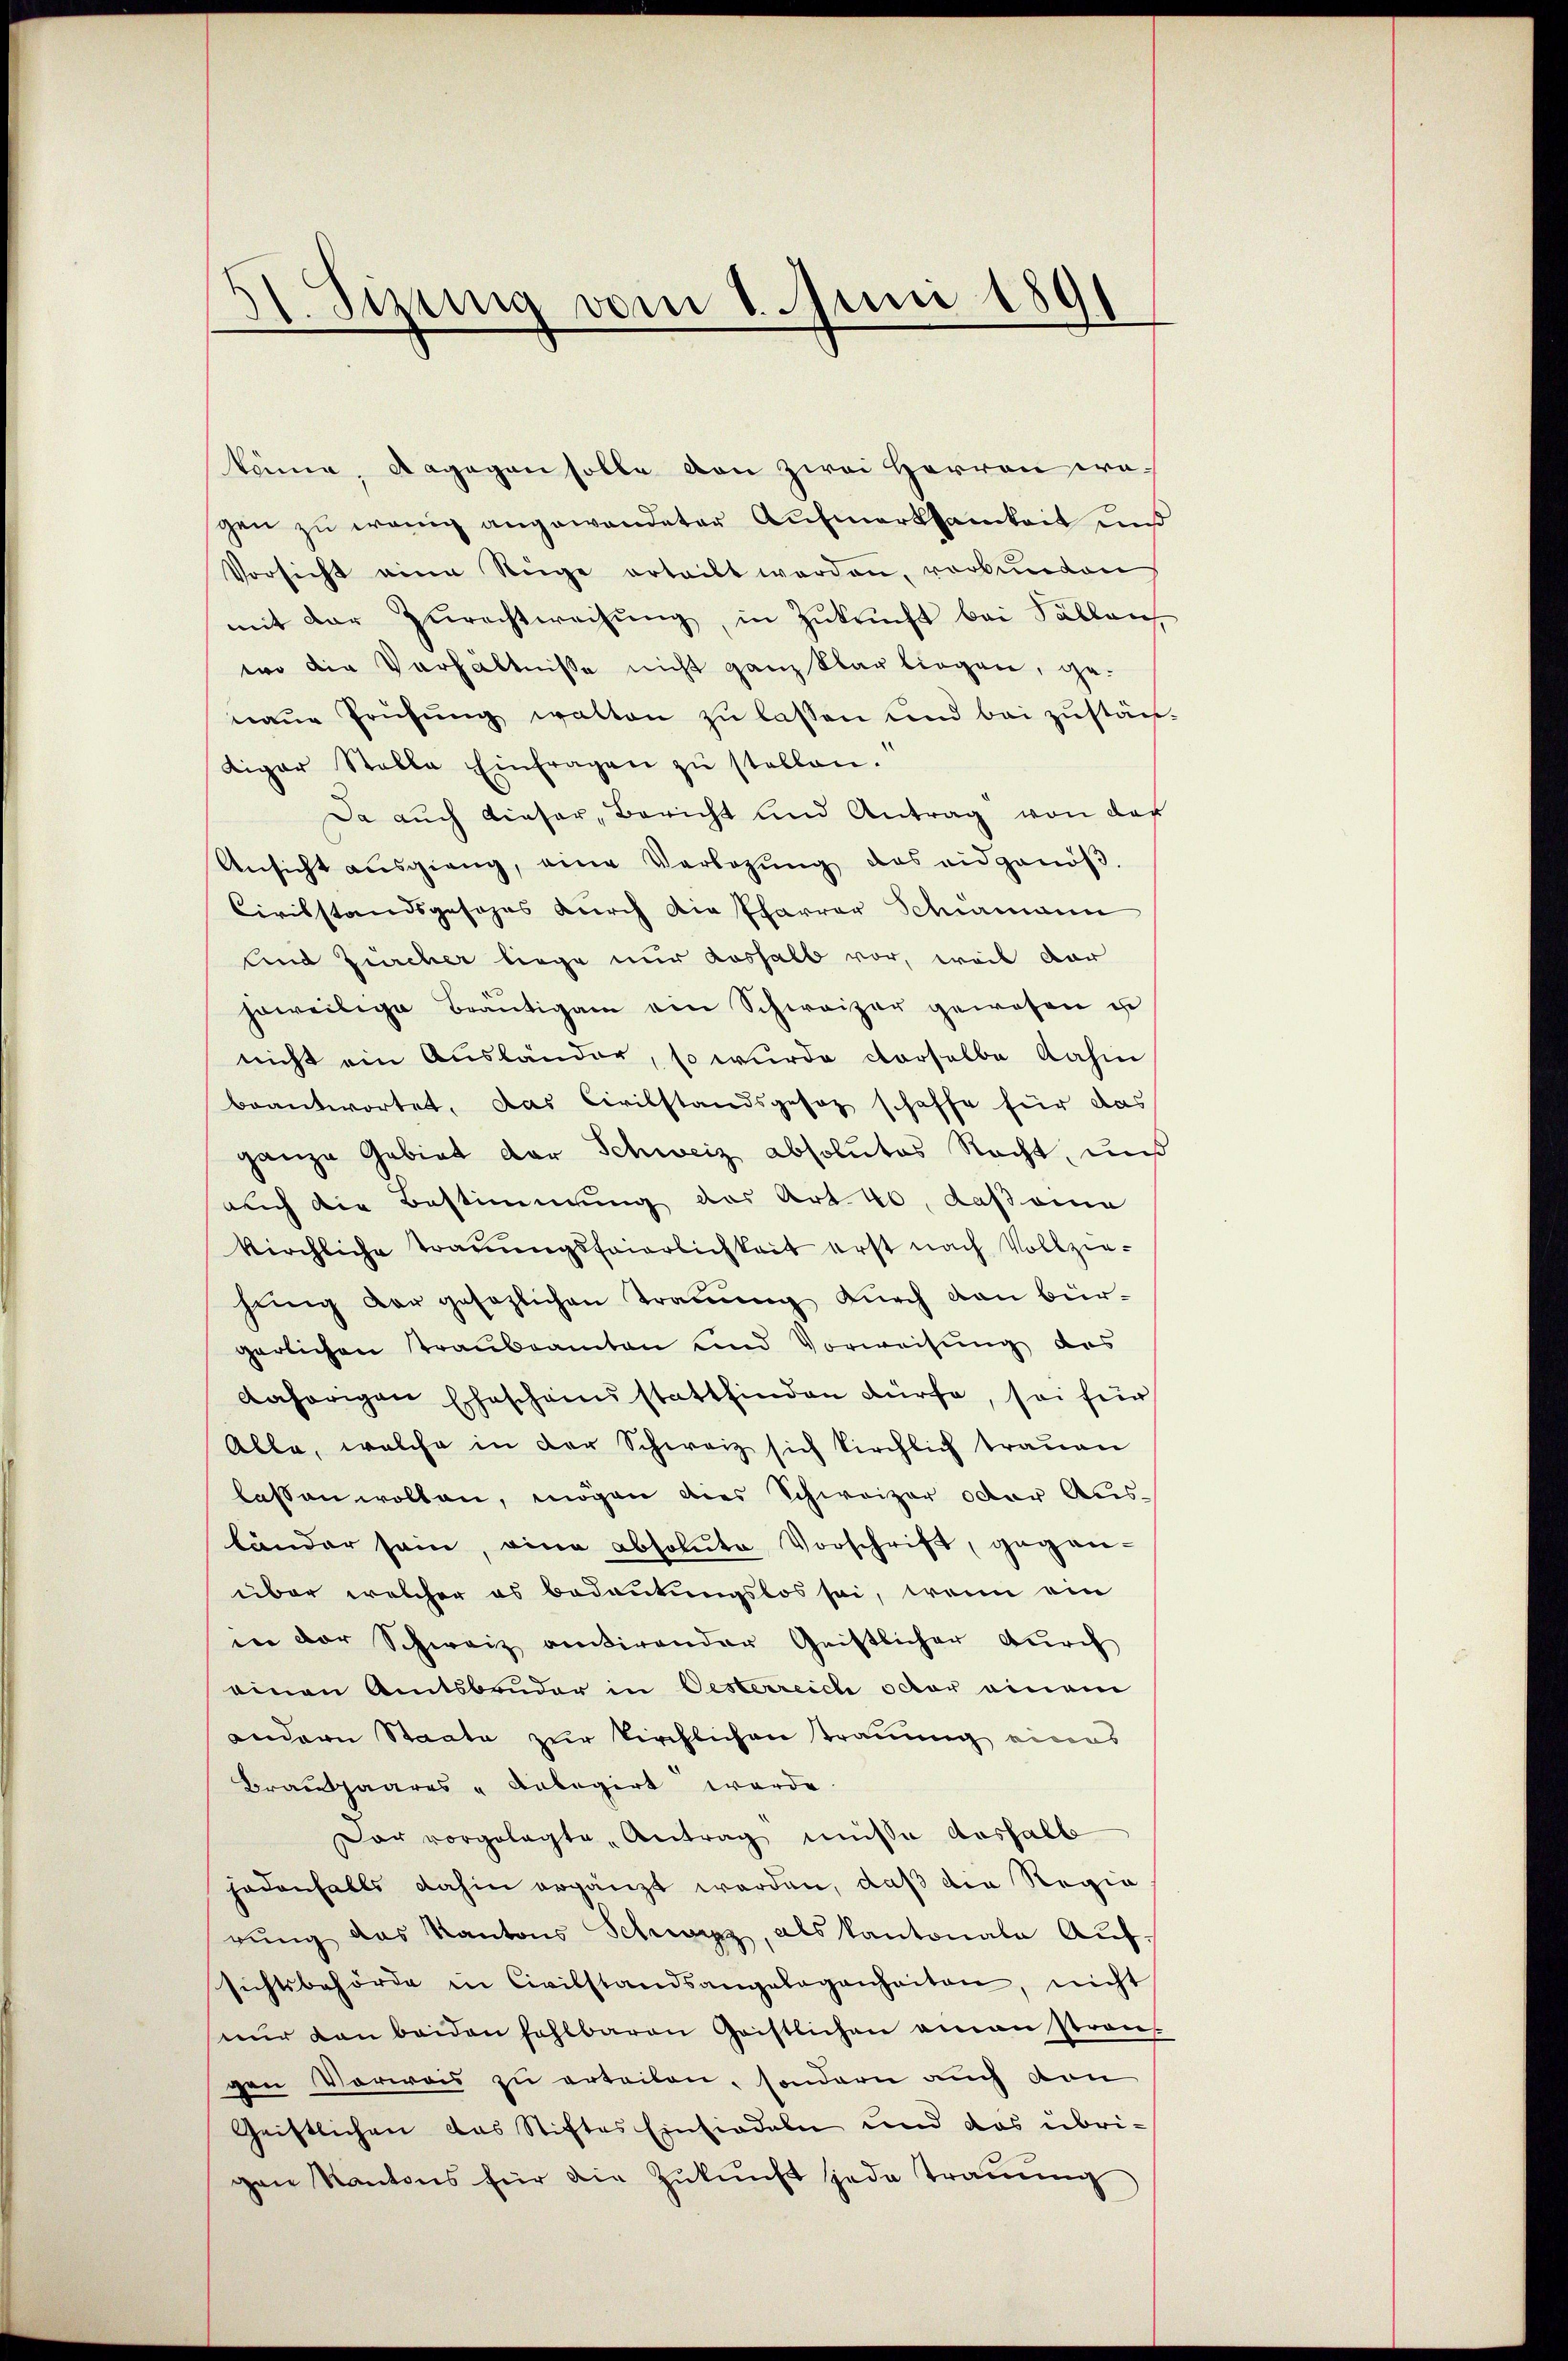
Sitzung vom 1. Juni 1891

köne, dagegen solle von zwei Herren wegen zu wenig angewandeter Aufmerksamkeit uns
Vorsicht eine Rüge erteilt werden, verbunden
mit der Zŭrechtweisŭng, in Zŭkŭnft bei Sallen
wo die Verhältnisse nicht ganz klar liegen, genaŭe Prüfŭng walten zŭ lassen und bei zŭstän
diger Stalle Einfragen zŭ stellen.
Da auch dieser, Bericht und Antrag von des
Ansicht aŭsgieng, eine Verlegŭng das eidgenöβ-
Civilstandsgesehns durch die Pfarrer Schiermann
Und Zürcher liege nur aushalb vor, weil dar
jeweilige Bräŭtigam ein Schweizer gewesen u
nicht ein Ausländer, so wurde derselbe dahin
beantwortet, das Civilstandsgesetz schaffe für das
ganze Gebiet der Schweiz absolutes Recht, und
auch die Bestimmung des Art. 40, daß eine
kirchliche Trauungsfeierlichkeit erst nach Vollziehŭng der gesezlichen Trauung dŭrch den bürgerlichen Traubeamten und Vorweisung des
dahörigen Ehescheinsstattfinden dürfe, sei für
Alle, welche in der Schweiz sich kirchlich trauen
lassen wollen, mögen dies Schweizer oder Ausbänder sein, eine absolute Vorschrift, geganüber welcher es bedeutungslos sei, wenn ein
in der Schweiz antirender Geistlicher durch
einen Amtsbruder in Oesterreich octor einem
andern Staate zur Kirchlichen traumig eines
Brautpaares Anlegirt werde.
Dar vorgelegte Antrag müsse Aushalb
jedenfalls dahin ergänzt worden, daß die Regia
rŭng das Kantons Schwarz, als Kantonale Aufsichtsbehörde in Civilstandsangelegenheiten, nicht
nŭr den beiden fahlbaren Geistlichen amon strans
gen Vorwas zu erteilen, sondern auch von
Geistlichen das Stiftes Einsiedeln und das übrigen Kantons für die Zukunft jede Trauung